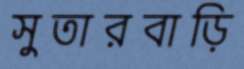
সুতারবাড়ি